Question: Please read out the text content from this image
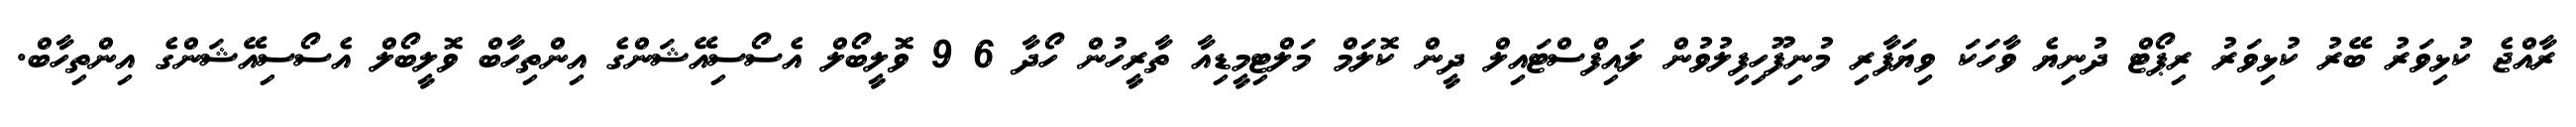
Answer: ރާއްޖެ ކުޅިވަރު ބޭރު ކުޅިވަރު ރިޕޯޓް ދުނިޔެ ވާހަކަ ވިޔަފާރި މުނިފޫހިފިލުވުން ލައިފްސްޓައިލް ދީން ކޮލަމް މަލްޓިމީޑިއާ ތާރީހުން ހޯދާ 6 9 ވޮލީބޯލް އެސޯސިއޭޝަންގެ އިންތިހާބް ވޮލީބޯލް އެސޯސިއޭޝަންގެ އިންތިހާބް.